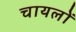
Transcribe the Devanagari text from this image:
चायलों